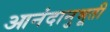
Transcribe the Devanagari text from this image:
आनंदानुभूती